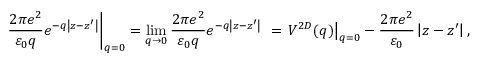
{ \left. \frac { 2 \pi e ^ { 2 } } { { \varepsilon } _ { 0 } q } e ^ { - q \left| z - z { ' } \right| } \right| } _ { q = 0 } = { \mathop { \mathrm { l i m } } _ { q \to 0 } \frac { 2 \pi e ^ { 2 } } { { \varepsilon } _ { 0 } q } e ^ { - q \left| z - z { ' } \right| } \ } = { \left. V ^ { 2 D } ( q ) \right| } _ { q = 0 } - \frac { 2 \pi e ^ { 2 } } { { \varepsilon } _ { 0 } } \left| z - z { ' } \right| ,